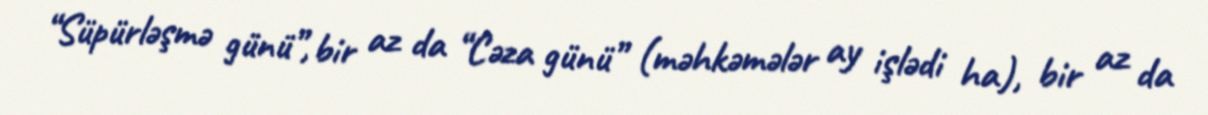
“Süpürləşmə günü”, bir az da “Cəza günü” (məhkəmələr ay işlədi ha), bir az da